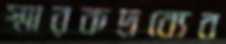
স্মারকদ্রব্যের